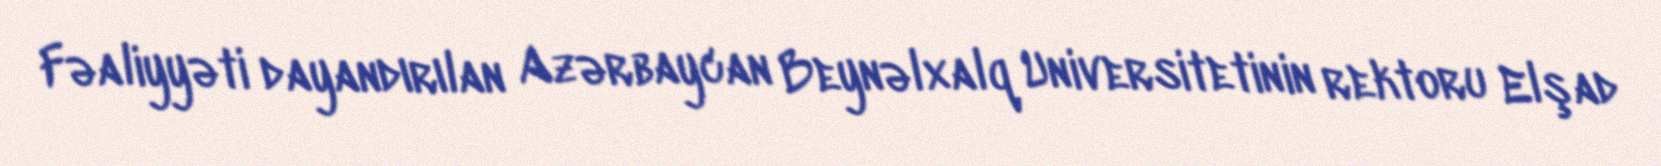
Fəaliyyəti dayandırılan Azərbaycan Beynəlxalq Universitetinin rektoru Elşad